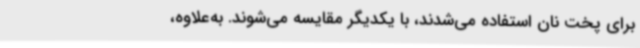
برای پخت نان استفاده می‌شدند، با یکدیگر مقایسه می‌شوند. به‌علاوه،